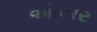
ઓયર